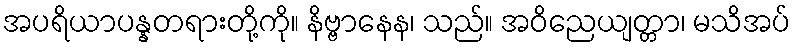
အပရိယာပန္နတရားတို့ကို။ နိဗ္ဗာနေန၊ သည်။ အဝိညေယျတ္တာ၊ မသိအပ်